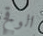
الوقح